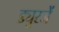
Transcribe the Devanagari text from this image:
ड्युरजें